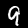
Digit: 9